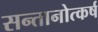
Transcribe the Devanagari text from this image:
सन्तानोत्कर्ष